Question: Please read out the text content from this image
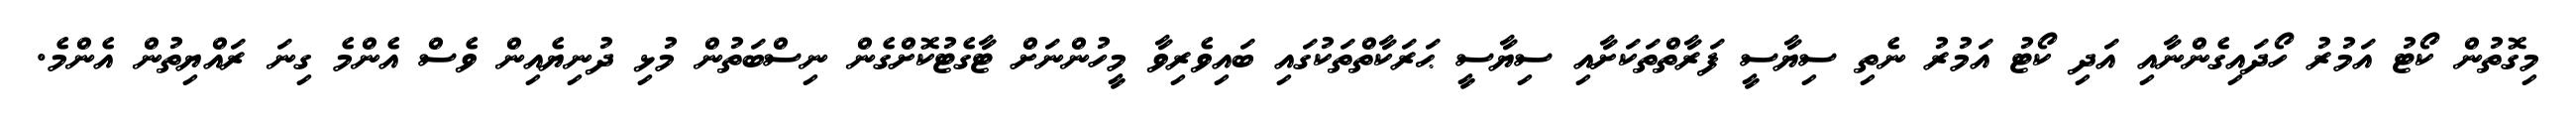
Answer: މިގޮތުން ކޯޓު އަމުރު ހޯދައިގެންނާއި އަދި ކޯޓު އަމުރު ނެތި ސިޔާސީ ފަރާތްތަކަށާއި ސިޔާސީ ޙަރަކާތްތަކުގައި ބައިވެރިވާ މީހުންނަށް ޓާގެޓުކޮށްގެން ނިސްބަތުން މުޅި ދުނިޔެއިން ވެސް އެންމެ ގިނަ ރައްޔިތުން އެންމެ.